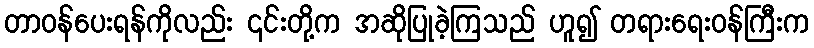
တာဝန်ပေးရန်ကိုလည်း ၎င်းတို့က အဆိုပြုခဲ့ကြသည် ဟူ၍ တရားရေးဝန်ကြီးက